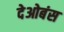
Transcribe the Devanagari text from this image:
देओबंस